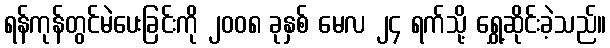
ရန်ကုန်တွင်မဲပေးခြင်းကို ၂၀၀၈ ခုနှစ် မေလ ၂၄ ရက်သို့ ရွှေ့ဆိုင်းခဲ့သည်။